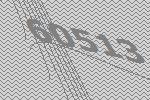
60513